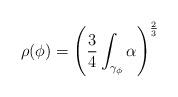
LaTeX: \begin{align*} \rho(\phi) = \left(\frac{3}{4}\int_{\gamma_\phi} \alpha\right)^{\frac{2}{3}}\end{align*}